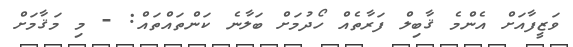
ވަޒީފާއަށް އެންމެ ޤާބިލް ފަރާތެއް ހޯދުމަށް ބަލާނެ ކަންތައްތައް: - މި މަޤާމަށް